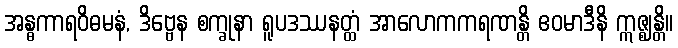
အန္ဓကာရဝိဓမနံ, ဒိဗ္ဗေန စက္ခုနာ ရူပဒဿနတ္ထံ အာလောကကရဏန္တိ ဧဝမာဒီနိ ဣဇ္ဈန္တိ။